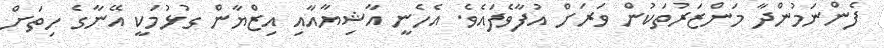
ފެންނަމުންދާ މަންޒަރުތަކުން ވަރަށް އުފާވެފައެވެ. އެހެނީ އާޝިޔާއާއި އިޒްޔާން ގުޅުމަކީ އޭނާގެ ހިތަށް